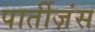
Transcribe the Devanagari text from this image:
पार्तीज़ंस